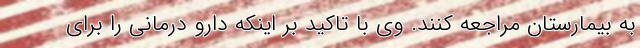
به بیمارستان مراجعه کنند. وی با تاکید بر اینکه دارو درمانی را برای